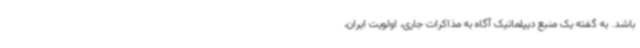
باشد. به گفته یک منبع دیپلماتیک آگاه به مذاکرات جاری، اولویت ایران،